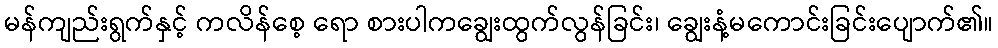
မန်ကျည်းရွက်နှင့် ကလိန်စေ့ ရော စားပါကချွေးထွက်လွန်ခြင်း၊ ချွေးနံ့မကောင်းခြင်းပျောက်၏။